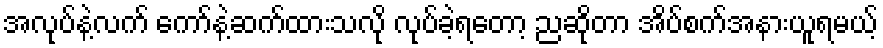
အလုပ်နဲ့လက် ကော်နဲ့ဆက်ထားသလို လုပ်ခဲ့ရတော့ ညဆိုတာ အိပ်စက်အနားယူရမယ့်